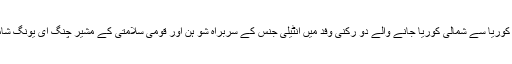
جنوبی کوریا سے شمالی کوریا جانے والے دو رکنی وفد میں انٹیلی جنس کے سربراہ شو ہن اور قومی سلامتی کے مشیر چنگ ای یونگ شامل ہیں۔